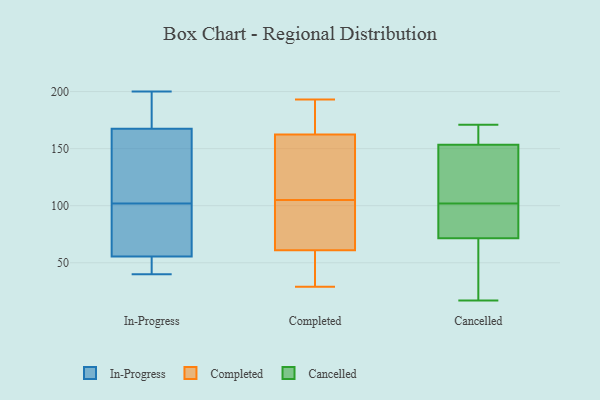
{"axis": {"x": "Humidity (%)", "y": "Value"}, "legend": ["Cancelled", "Completed", "In-Progress"], "data": [{"x": "", "y": 101, "type": "In-Progress"}, {"x": "", "y": 163, "type": "In-Progress"}, {"x": "", "y": 59, "type": "In-Progress"}, {"x": "", "y": 172, "type": "In-Progress"}, {"x": "", "y": 52, "type": "In-Progress"}, {"x": "", "y": 142, "type": "In-Progress"}, {"x": "", "y": 196, "type": "In-Progress"}, {"x": "", "y": 103, "type": "In-Progress"}, {"x": "", "y": 72, "type": "In-Progress"}, {"x": "", "y": 155, "type": "In-Progress"}, {"x": "", "y": 84, "type": "In-Progress"}, {"x": "", "y": 41, "type": "In-Progress"}, {"x": "", "y": 49, "type": "In-Progress"}, {"x": "", "y": 196, "type": "In-Progress"}, {"x": "", "y": 51, "type": "In-Progress"}, {"x": "", "y": 191, "type": "In-Progress"}, {"x": "", "y": 200, "type": "In-Progress"}, {"x": "", "y": 40, "type": "In-Progress"}, {"x": "", "y": 131, "type": "In-Progress"}, {"x": "", "y": 72, "type": "In-Progress"}, {"x": "", "y": 161, "type": "Completed"}, {"x": "", "y": 93, "type": "Completed"}, {"x": "", "y": 73, "type": "Completed"}, {"x": "", "y": 180, "type": "Completed"}, {"x": "", "y": 131, "type": "Completed"}, {"x": "", "y": 55, "type": "Completed"}, {"x": "", "y": 129, "type": "Completed"}, {"x": "", "y": 29, "type": "Completed"}, {"x": "", "y": 57, "type": "Completed"}, {"x": "", "y": 67, "type": "Completed"}, {"x": "", "y": 105, "type": "Completed"}, {"x": "", "y": 190, "type": "Completed"}, {"x": "", "y": 193, "type": "Completed"}, {"x": "", "y": 163, "type": "Completed"}, {"x": "", "y": 59, "type": "Completed"}, {"x": "", "y": 102, "type": "Cancelled"}, {"x": "", "y": 159, "type": "Cancelled"}, {"x": "", "y": 17, "type": "Cancelled"}, {"x": "", "y": 155, "type": "Cancelled"}, {"x": "", "y": 109, "type": "Cancelled"}, {"x": "", "y": 153, "type": "Cancelled"}, {"x": "", "y": 100, "type": "Cancelled"}, {"x": "", "y": 49, "type": "Cancelled"}, {"x": "", "y": 31, "type": "Cancelled"}, {"x": "", "y": 90, "type": "Cancelled"}, {"x": "", "y": 171, "type": "Cancelled"}, {"x": "", "y": 79, "type": "Cancelled"}, {"x": "", "y": 140, "type": "Cancelled"}]}